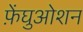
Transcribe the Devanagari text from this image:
फ़ेंघुओशन